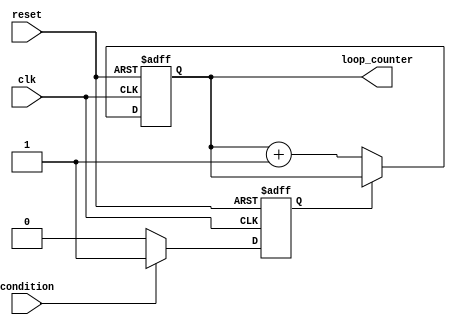
module Loop_with_skip(
  input clk,     // Clock input
  input reset,   // Reset signal
  input condition, // Condition for skipping a portion of the loop
  output reg [7:0] loop_counter // Loop counter
);

reg skip_iteration; // Flag to indicate if the iteration should be skipped

always @(posedge clk or posedge reset) begin
  if (reset) begin
    loop_counter <= 8'b0; // Reset loop counter
    skip_iteration <= 1'b0; // Initialize skip flag
  end else begin
    if (condition) begin
      skip_iteration <= 1'b1; // Set skip flag if condition is true
    end else begin
      skip_iteration <= 1'b0; // Reset skip flag if condition is false
    end

    if (skip_iteration) begin
      loop_counter <= loop_counter; // Skip the iteration
    end else begin
      loop_counter <= loop_counter + 1; // Increment loop counter
    end
  end
end

endmodule